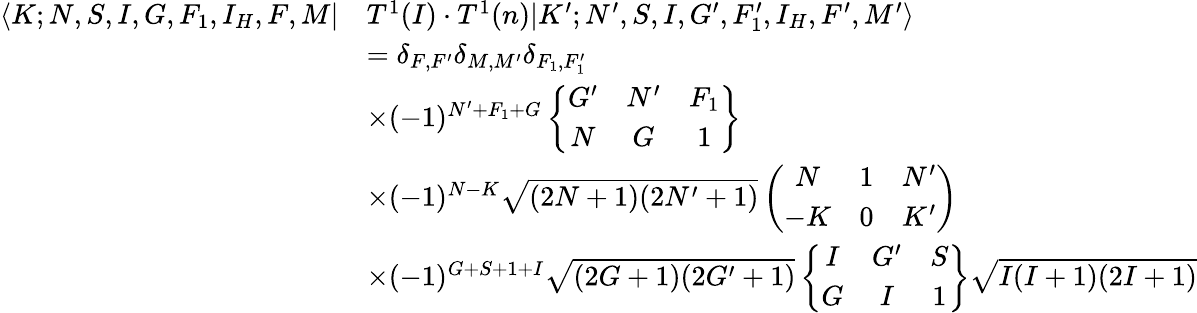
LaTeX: \begin{array}{rl}{\langle K;N,S,I,G,F_{1},I_{H},F,M|}&{T^{1}(I)\cdot T^{1}(n)|K^{\prime};N^{\prime},S,I,G^{\prime},F_{1}^{\prime},I_{H},F^{\prime},M^{\prime}\rangle}\\ &{=\delta_{F,F^{\prime}}\delta_{M,M^{\prime}}\delta_{F_{1},F_{1}^{\prime}}}\\ &{\times(-1)^{N^{\prime}+F_{1}+G}\left\{ \begin{array}{ccc}{G^{\prime}}&{N^{\prime}}&{F_{1}}\\ {N}&{G}&{1}\end{array}\right\} }\\ &{\times(-1)^{N-K}\sqrt{(2N+1)(2N^{\prime}+1)}\left(\begin{array}{ccc}{N}&{1}&{N^{\prime}}\\ {-K}&{0}&{K^{\prime}}\end{array}\right)}\\ &{\times(-1)^{G+S+1+I}\sqrt{(2G+1)(2G^{\prime}+1)}\left\{ \begin{array}{ccc}{I}&{G^{\prime}}&{S}\\ {G}&{I}&{1}\end{array}\right\} \sqrt{I(I+1)(2I+1)}}\end{array}